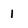
Character: 1